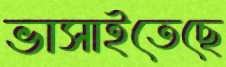
ভাসাইতেছে